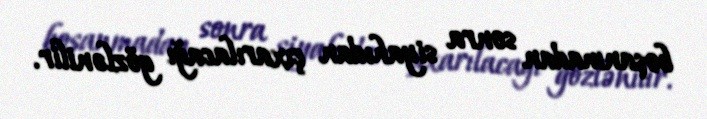
boşanmadan sonra siyahıdan çıxarılacağı gözlənilir.